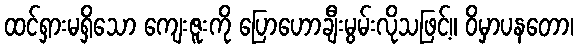
ထင်ရှားမရှိသော ကျေးဇူးကို ပြောဟောချီးမွမ်းလိုသဖြင့်။ ဝိမှာပနတော၊